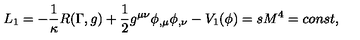
L _ { 1 } = - \frac { 1 } { \kappa } R ( \Gamma , g ) + \frac { 1 } { 2 } g ^ { \mu \nu } \phi _ { , \mu } \phi _ { , \nu } - V _ { 1 } ( \phi ) = s M ^ { 4 } = c o n s t ,